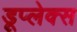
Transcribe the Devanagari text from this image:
डूप्लेक्स